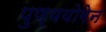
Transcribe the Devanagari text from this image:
पुण्ययोगेन